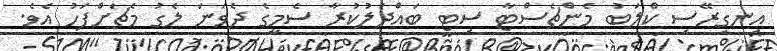
އިނގިރޭސި ކްލަބު މެންޗެސްޓާ ސިޓީ ބައްދަލުކުރާ ސެމީގެ ދެވަނަ ލެގު މެޗަށްފަހު އެވެ.